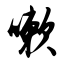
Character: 嗽